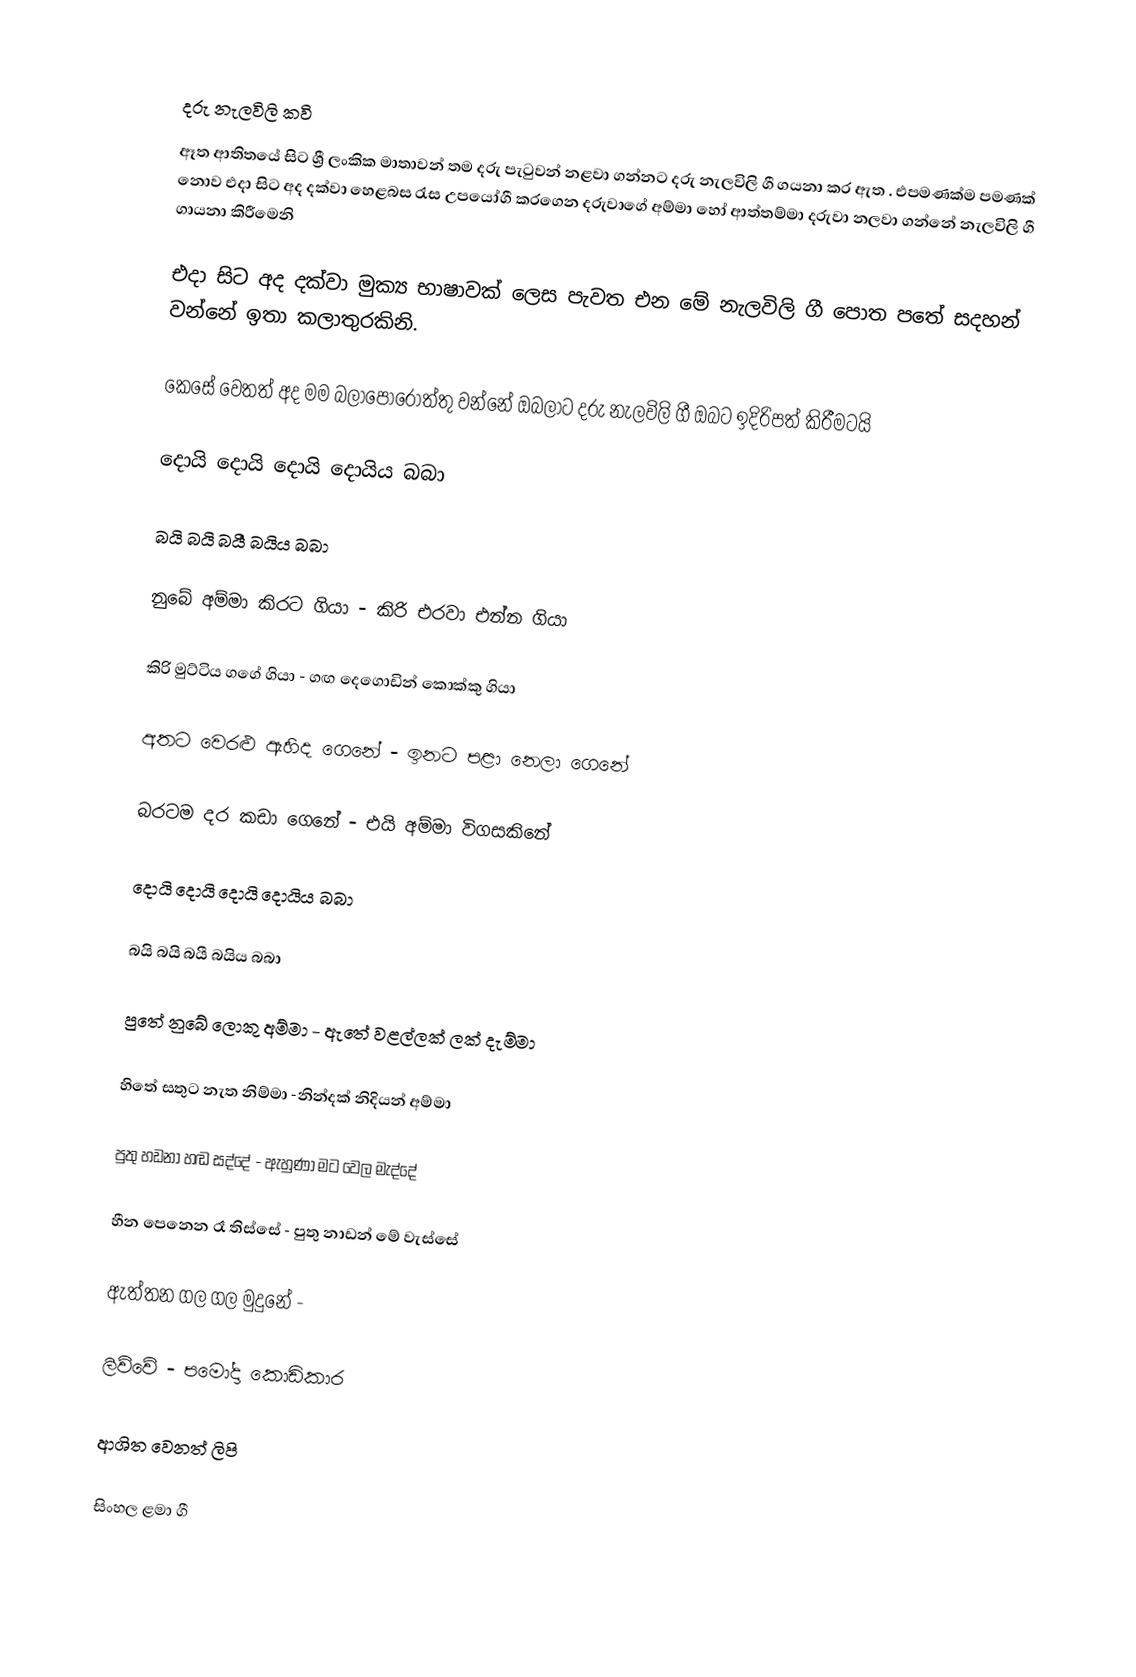

දරු නැලවිලි කවි
ඈත ආතිතයේ සිට ශ්‍රී ලංකික මාතාවන් තම දරු පැටුවන් නළවා ගන්නට දරු නැලවිලි ගී ගයනා කර ඇත . එපමණක්ම පමණක් නොව එදා සිට අද දක්වා හෙළබස රැස උපයෝගී කරගෙන දරුවාගේ අම්මා හෝ ආත්තම්මා දරුවා නලවා ගන්නේ නැලවිලි ගී ගායනා කිරීමෙනි

එදා සිට අද දක්වා මුක්‍ය භාෂාවක් ලෙස පැවත එන මේ නැලවිලි ගී පොත පතේ සදහන් වන්නේ ඉතා කලාතුරකිනි.

කෙසේ වෙතත් අද මම බලාපොරොත්තු වන්නේ ඔබලාට දරු නැලවිලි ගී ඔබට ඉදිරිපත් කිරීමටයි

දොයි දොයි දොයි දොයිය බබා

බයි බයි බයී බයිය බබා

නුබේ අම්මා කිරට ගියා - කිරි එරවා එන්න ගියා

කිරි මුට්ටිය ගගේ ගියා - ගඟ දෙගොඩින් කොක්කු ගියා

අතට වෙරළු ඇහිද ගෙනේ - ඉනට පළා නෙලා ගෙනේ

බරටම දර කඩා ගෙනේ - එයි අම්මා විගසකිනේ

දොයි දොයි දොයි දොයිය බබා

බයි බයි බයී බයිය බබා

පුතේ නුබේ ලොකු අම්මා - ඇතේ වළල්ලක් ලක් දැම්මා

හිතේ සතුට නැත නිම්මා -නින්දක් නිදියන් අම්මා

පුතු හඩනා හඬ සද්දේ - ඇහුණා මට වෙල මැද්දේ

හීන පෙනෙන රෑ තිස්සේ - පුතු නාඩන් මේ වැස්සේ

ඇත්තන ගල ගල මුදුනේ -

ලිව්වේ - පමෝදා කොඩිකාර

ආශිත වෙනත් ලිපි

සිංහල ළමා ගී